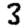
Digit: 3